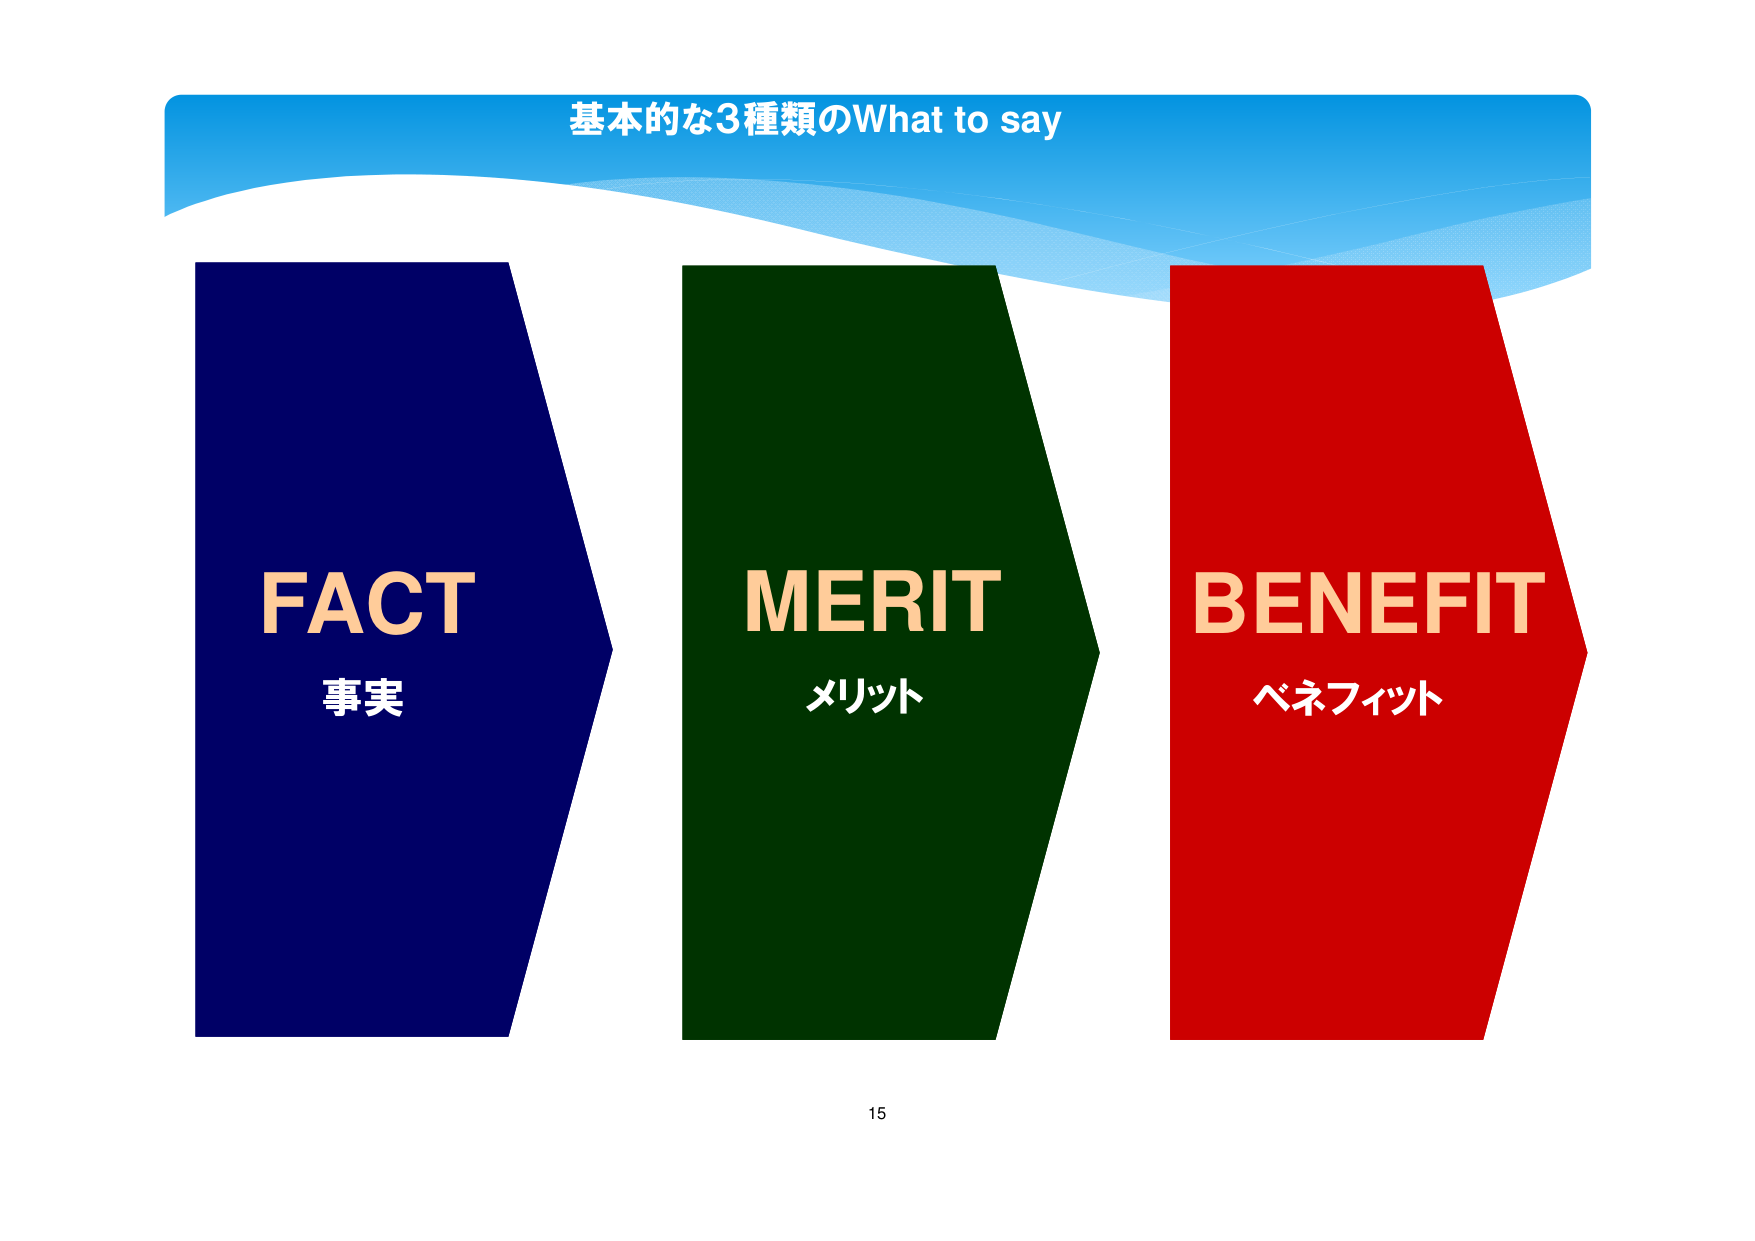
基本的な3種類のWhat to say
FACT
事実
MERIT
メリット
BENEFIT
ベネフィット
15